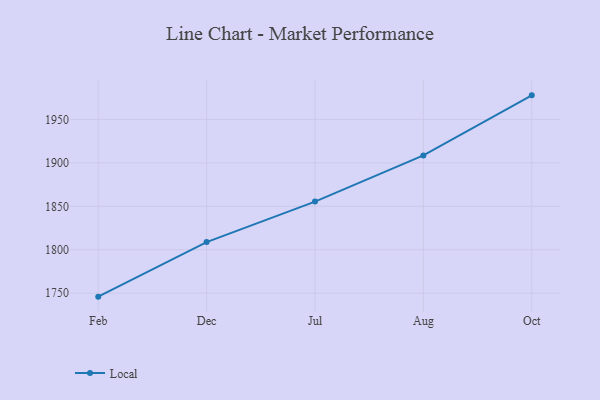
{"axis": {"x": "Month", "y": "Gross Profit (USD K)"}, "legend": ["Local"], "data": [{"x": "Feb", "y": 1746.0, "type": "Local"}, {"x": "Dec", "y": 1808.8, "type": "Local"}, {"x": "Jul", "y": 1855.4, "type": "Local"}, {"x": "Aug", "y": 1908.6, "type": "Local"}, {"x": "Oct", "y": 1977.7, "type": "Local"}]}